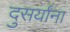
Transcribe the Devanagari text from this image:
दुसर्यांना